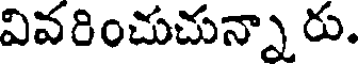
వివరించుచున్నా రు.